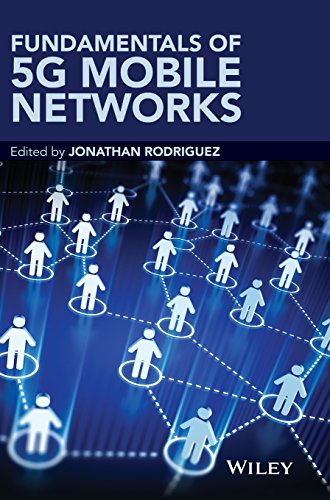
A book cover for Fundamentals of 5G Mobile Networks; Jonathan Rodriguez; Crafts, Hobbies & Home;